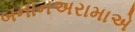
બનાનઅરામાએ